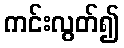
ကင်းလွတ်၍